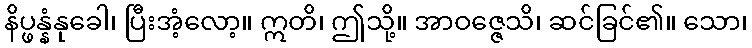
နိပ္ဖန္နံနုခေါ၊ ပြီးအံ့လော့။ ဣတိ၊ ဤသို့။ အာဝဇ္ဇေသိ၊ ဆင်ခြင်၏။ သော၊